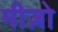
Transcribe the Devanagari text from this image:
मीज़ो